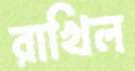
রাখিল